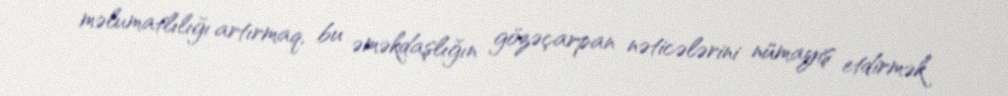
məlumatlılığı artırmaq, bu əməkdaşlığın gözəçarpan nəticələrini nümayiş etdirmək